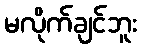
မလိုက်ချင်ဘူး